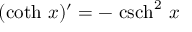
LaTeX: ( \coth \, x ) ^ { \prime } = - \, \operatorname { c s c h } ^ { 2 } \, x